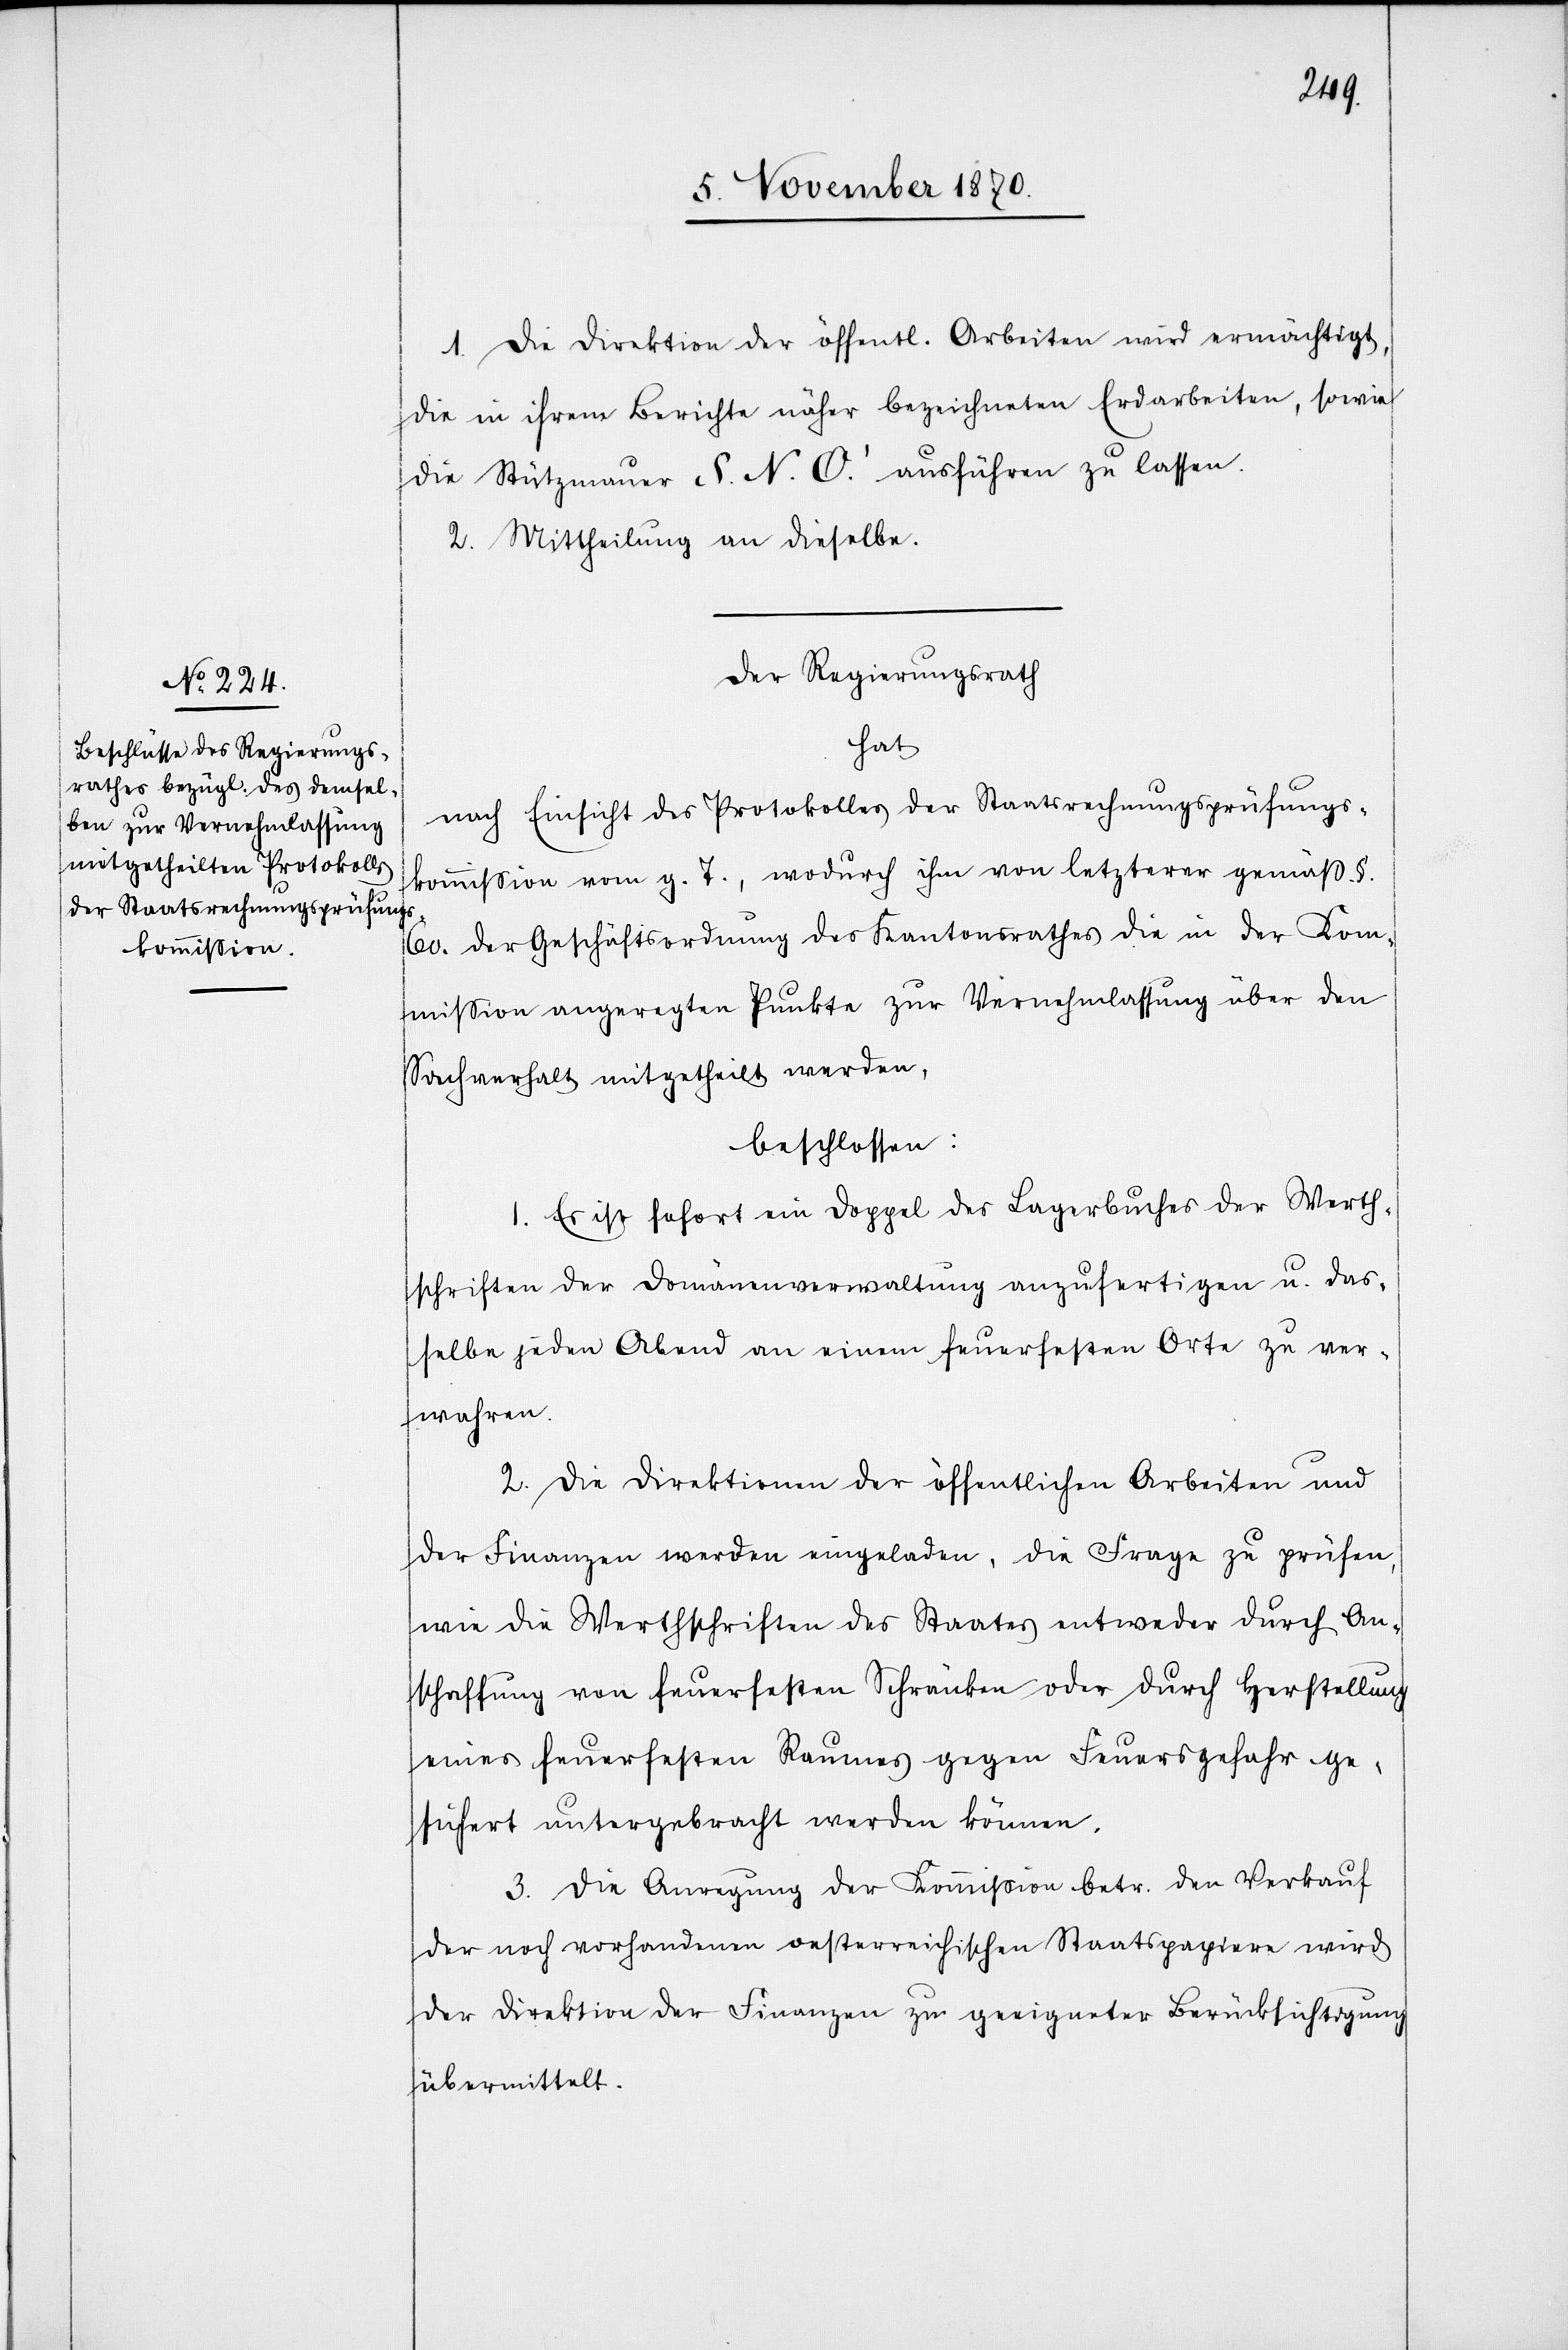
1. Die Direktion der öffentl. Arbeiten wird ermächtigt,
die in ihrem Berichte näher bezeichneten Erdarbeiten, sowie
die Stützmauer S. N. O.’ ausführen zu lassen.
2. Mittheilung an dieselbe.
Der Regierungsrath
hat
nach Einsicht des Protokolles der Staatsrechnungsprüfungs¬
kommißion vom g. T., wodurch ihm von letzterer gemäß §
60 der Geschäftsordnung des Kantonsrathes die in der Kom¬
mission angeregten Punkte zur Vernehmlassung über den
Sachverhalt mitgetheilt werden,
beschlossen:
1. Es ist sofort ein Doppel des Lagerbuches der Werth¬
schriften der Domänenverwaltung anzufertigen u. das¬
selbe jeden Abend an einem feuerfesten Orte zu ver¬
wahren.
2. Die Direktionen der öffentlichen Arbeiten und
der Finanzen werden eingeladen, die Frage zu prüfen,
wie die Werthschriften des Staates entweder durch An¬
schaffung von feuerfesten Schränken oder durch Herstellung
eines feuerfesten Raumes gegen Feuergefahr ge¬
sichert untergebracht werden können.
3. Die Anregung der Kommission betr. den Verkauf
der noch vorhandenen oesterreichischen Staatspapiere wird
der Direktion der Finanzen zu geeigneter Berücksichtigung
übermittelt.